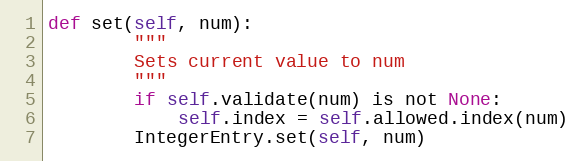
Language: Python
def set(self, num):
        """
        Sets current value to num
        """
        if self.validate(num) is not None:
            self.index = self.allowed.index(num)
        IntegerEntry.set(self, num)